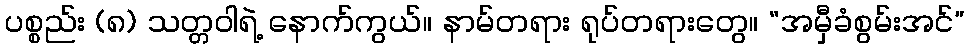
ပစ္စည်း (၈) သတ္တဝါရဲ့ နောက်ကွယ်။ နာမ်တရား ရုပ်တရားတွေ။ “အမှီခံစွမ်းအင်”